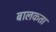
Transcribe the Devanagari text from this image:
बालकता